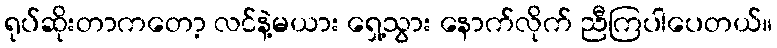
ရုပ်ဆိုးတာကတော့ လင်နဲ့မယား ရှေ့သွား နောက်လိုက် ညီကြပါပေတယ်။